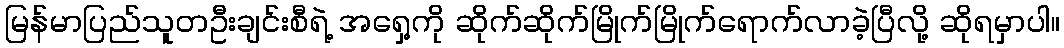
မြန်မာပြည်သူတဦးချင်းစီရဲ့ အရှေ့ကို ဆိုက်ဆိုက်မြိုက်မြိုက်ရောက်လာခဲ့ပြီလို့ ဆိုရမှာပါ။